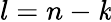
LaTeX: l=n-\mathit{k}